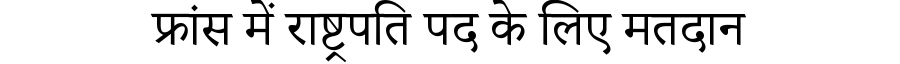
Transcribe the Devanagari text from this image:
फ्रांस में राष्ट्रपति पद के लिए मतदान